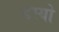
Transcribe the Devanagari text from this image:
डस्यो